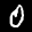
Label: 0